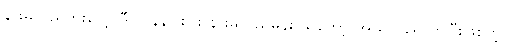
နားမလည်ဘူးပေါ့။ ဒီလို နဲနဲပါးပါး နားမလည်မှန်း သိတော့ အယင် ရောက်ပြီးဖြစ်တဲ့